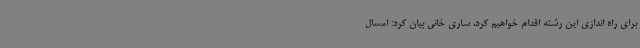
برای راه اندازی این رشته اقدام خواهیم کرد. ساری خانی بیان کرد: امسال